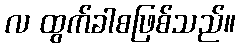
လ ထွက်ခါစဖြစ်သည်။